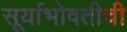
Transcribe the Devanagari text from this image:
सूर्याभोवतीची